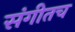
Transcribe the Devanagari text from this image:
संगीतच